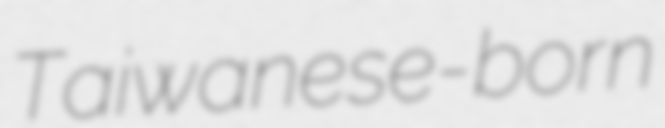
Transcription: Taiwanese-born